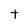
Character: t